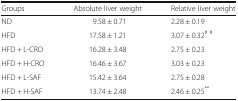
| Groups | Absolute liver weight | Relative liver weight |
 | --- | --- | --- |
 | ND | 9.58 ± 0.71 | 2.28 ± 0.19 |
 | HFD | 17.58 ± 1.21 | 3.07 ± 0.32# # |
 | HFD + L-CRO | 16.28 ± 3.48 | 2.75 ± 0.23 |
 | HFD + H-CRO | 16.46 ± 3.67 | 3.03 ± 0.23 |
 | HFD + L-SAF | 15.42 ± 3.64 | 2.75 ± 0.28 |
 | HFD + H-SAF | 13.74 ± 2.48 | 2.46 ± 0.25** |